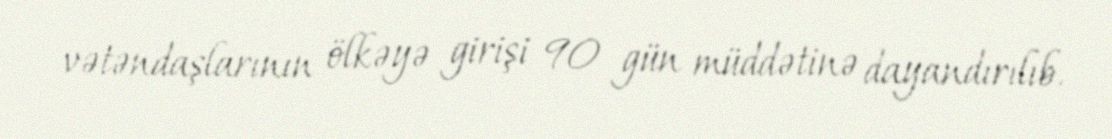
vətəndaşlarının ölkəyə girişi 90 gün müddətinə dayandırılıb.